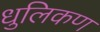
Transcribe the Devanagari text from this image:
धुलिकण